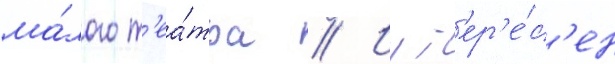
ма́лого т'еа́тра // Инт'ер'е́с'ен